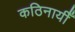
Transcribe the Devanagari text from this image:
कठिनायीँ